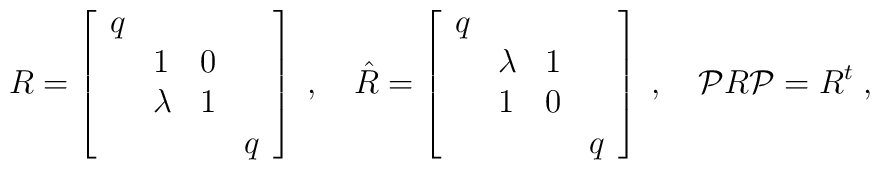
R=\left[\begin{array}{llll}q & \, & \, & \, \\\, & 1 & 0 & \, \\\, & \lambda & 1 & \, \\\, & \, & \, & q\end{array}\right]\;,\quad \hat{R}=\left[\begin{array}{llll}q & \, & \, & \, \\\, & \lambda & 1 & \, \\\, & 1 & 0 & \, \\\, & \, & \, & q\end{array}\right]\;, \quad {\cal P}R{\cal P}=R^t \;,